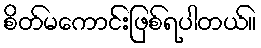
စိတ်မကောင်းဖြစ်ရပါတယ်။